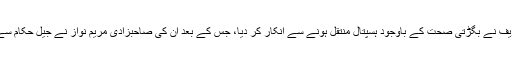
(پاک آنلائن نیوز) سابق وزیراعظم میاں محمد نواز شریف نے بگڑتی صحت کے باوجود ہسپتال منتقل ہونے سے انکار کر دیا، جس کے بعد ان کی صاحبزادی مریم نواز نے جیل حکام سے لائف سیونگ یونٹ قائم کرنے کی درخواست کردی۔